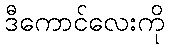
ဒီကောင်လေးကို